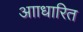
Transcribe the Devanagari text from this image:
आाधारित